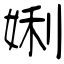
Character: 娳